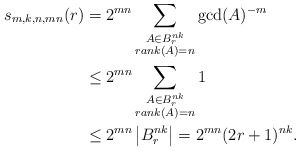
\begin{align*} s_{m, k, n, mn}(r) &= 2^{mn} \sum_{\substack{ A \in B_r^{nk} \\ rank(A) = n }} \gcd(A)^{-m} \\ &\leq 2^{mn} \sum_{\substack{ A \in B_r^{nk} \\ rank(A) = n }} 1 \\ &\leq 2^{mn} \left| B_r^{nk} \right| = 2^{mn} (2r + 1)^{nk}.\end{align*}